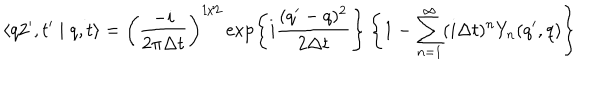
\langle q 2 ^ { \prime } , t ^ { \prime } \mid q , t \rangle = \left( \frac { - i } { 2 \pi \Delta t } \right) ^ { 1 / 2 } \exp \left\{ i \frac { ( q ^ { \prime } - q ) ^ { 2 } } { 2 \Delta t } \right\} \left\{ 1 - \sum _ { n = 1 } ^ { \infty } ( i \Delta t ) ^ { n } Y _ { n } ( q ^ { \prime } , q ) \right\}